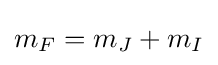
m_{F}=m_{J}+m_{I}